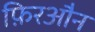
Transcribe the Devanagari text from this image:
फ़िरऔन